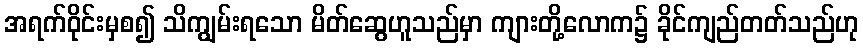
အရက်ဝိုင်းမှစ၍ သိကျွမ်းရသော မိတ်ဆွေဟူသည်မှာ ကျားတို့လောက၌ ခိုင်ကျည်တတ်သည်ဟု